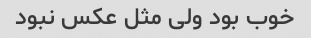
خوب بود ولی مثل عکس نبود